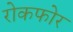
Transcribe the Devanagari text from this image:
रोकफोर